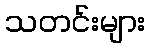
သတင်းများ